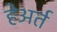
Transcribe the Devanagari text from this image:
हेअर्त